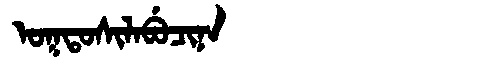
Manchu: ᠣᡴᡨᠣᠰᡳᠯᠠᠪᡠᠴᡳᠨᠠ
Romanization: OKTOSILABUCINA